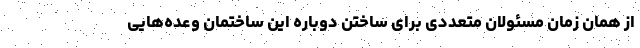
از همان زمان مسئولان متعددی برای ساختن دوباره این ساختمان وعده‌هایی